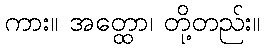
ကား။ အတ္ထော၊ တို့တည်း။